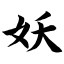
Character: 妖